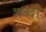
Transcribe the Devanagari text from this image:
शब्दाः